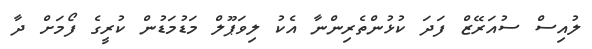
ލުއިސް ސުއަރޭޒް ފަދަ ކުޅުންތެރިންނާ އެކު ލިވަޕޫލް މަޑުމަޑުން ކުރީގެ ފޯމަށް ދާ